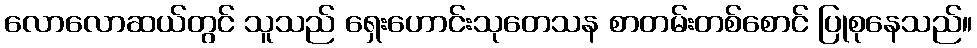
လောလောဆယ်တွင် သူသည် ရှေးဟောင်းသုတေသန စာတမ်းတစ်စောင် ပြုစုနေသည်။